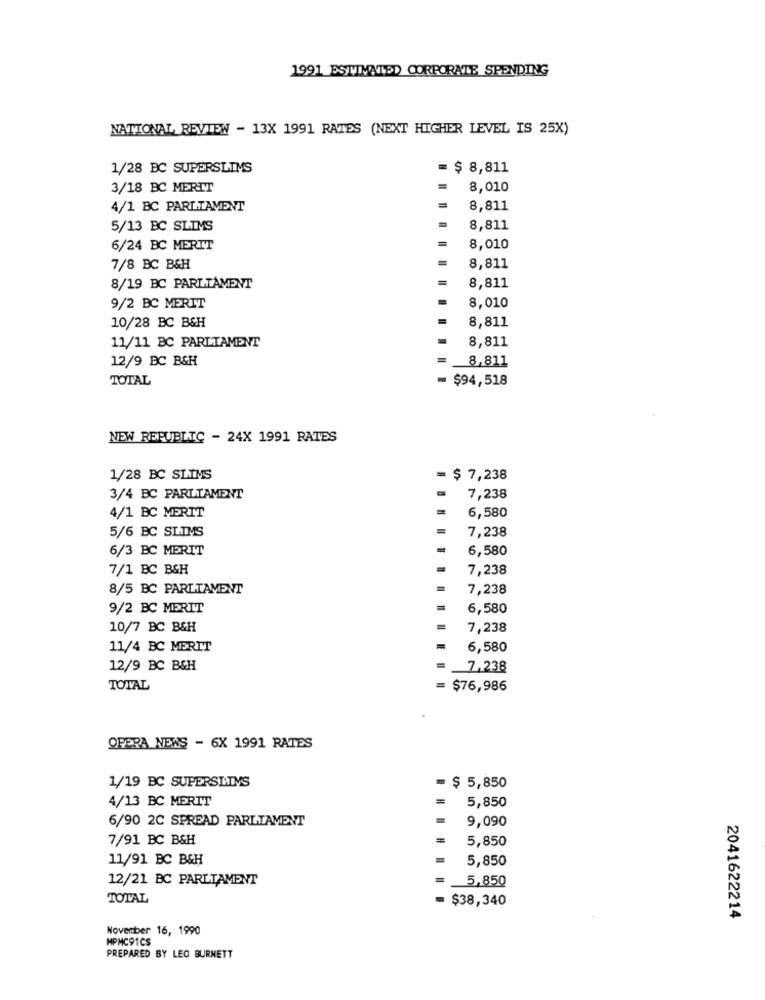
1991 ESTIMATED CORPORATE SPENDING
NATIONAL REVIEW - 13X 1991 RATES (NEXT HIGHER LEVEL IS 25X)
1/28 BC SUPERSLIMS
$ 8,811
3/18 BC MERIT
8,010
4/1 BC PARLIAMENT
8,811
5/13 BC SLIMS
8,811
6/24 BC MERIT
8,010
7/8 BC B&H
8,811
8/19 BC PARLIAMENT
8,811
9/2 BC MERIT
8,010
8,811
10/28 BC B&H
8,811
11/11 BC PARLIAMENT
12/9 BC B&H
8,811
TOTAL
$94,518
NEW REPUBLIC - 24X 1991 RATES
1/28 BC SLIMS
= $ 7,238
3/4 BC PARLIAMENT
7,238
4/1 BC MERIT
6,580
5/6 BC SLIMS
7,238
6/3 BC MERIT
6,580
7/1 BC B&H
7,238
8/5 BC PARLIAMENT
7,238
9/2 BC MERIT
6,580
10/7 BC B&H
7,238
11/4 BC MERIT
6,580
12/9 BC B&H
_7,238
TOTAL
= $76,986
OPERA NEWS - 6X 1991 RATES
1/19 BC SUPERSLINS
= $ 5,850
4/13 BC MERIT
5,850
6/90 2C SPREAD PARLIAMENT
9,090
7/91 BC B&H
5,850
11/91 BC B&H
5,850
12/21 BC PARLIAMENT
= 5,850
TOTAL
= $38,340
2041622214
November 16, 1990
MPMC91CS
PREPARED BY LEO BURNETT